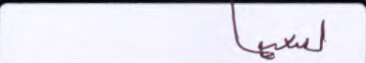
لسعيها